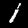
Digit: 1